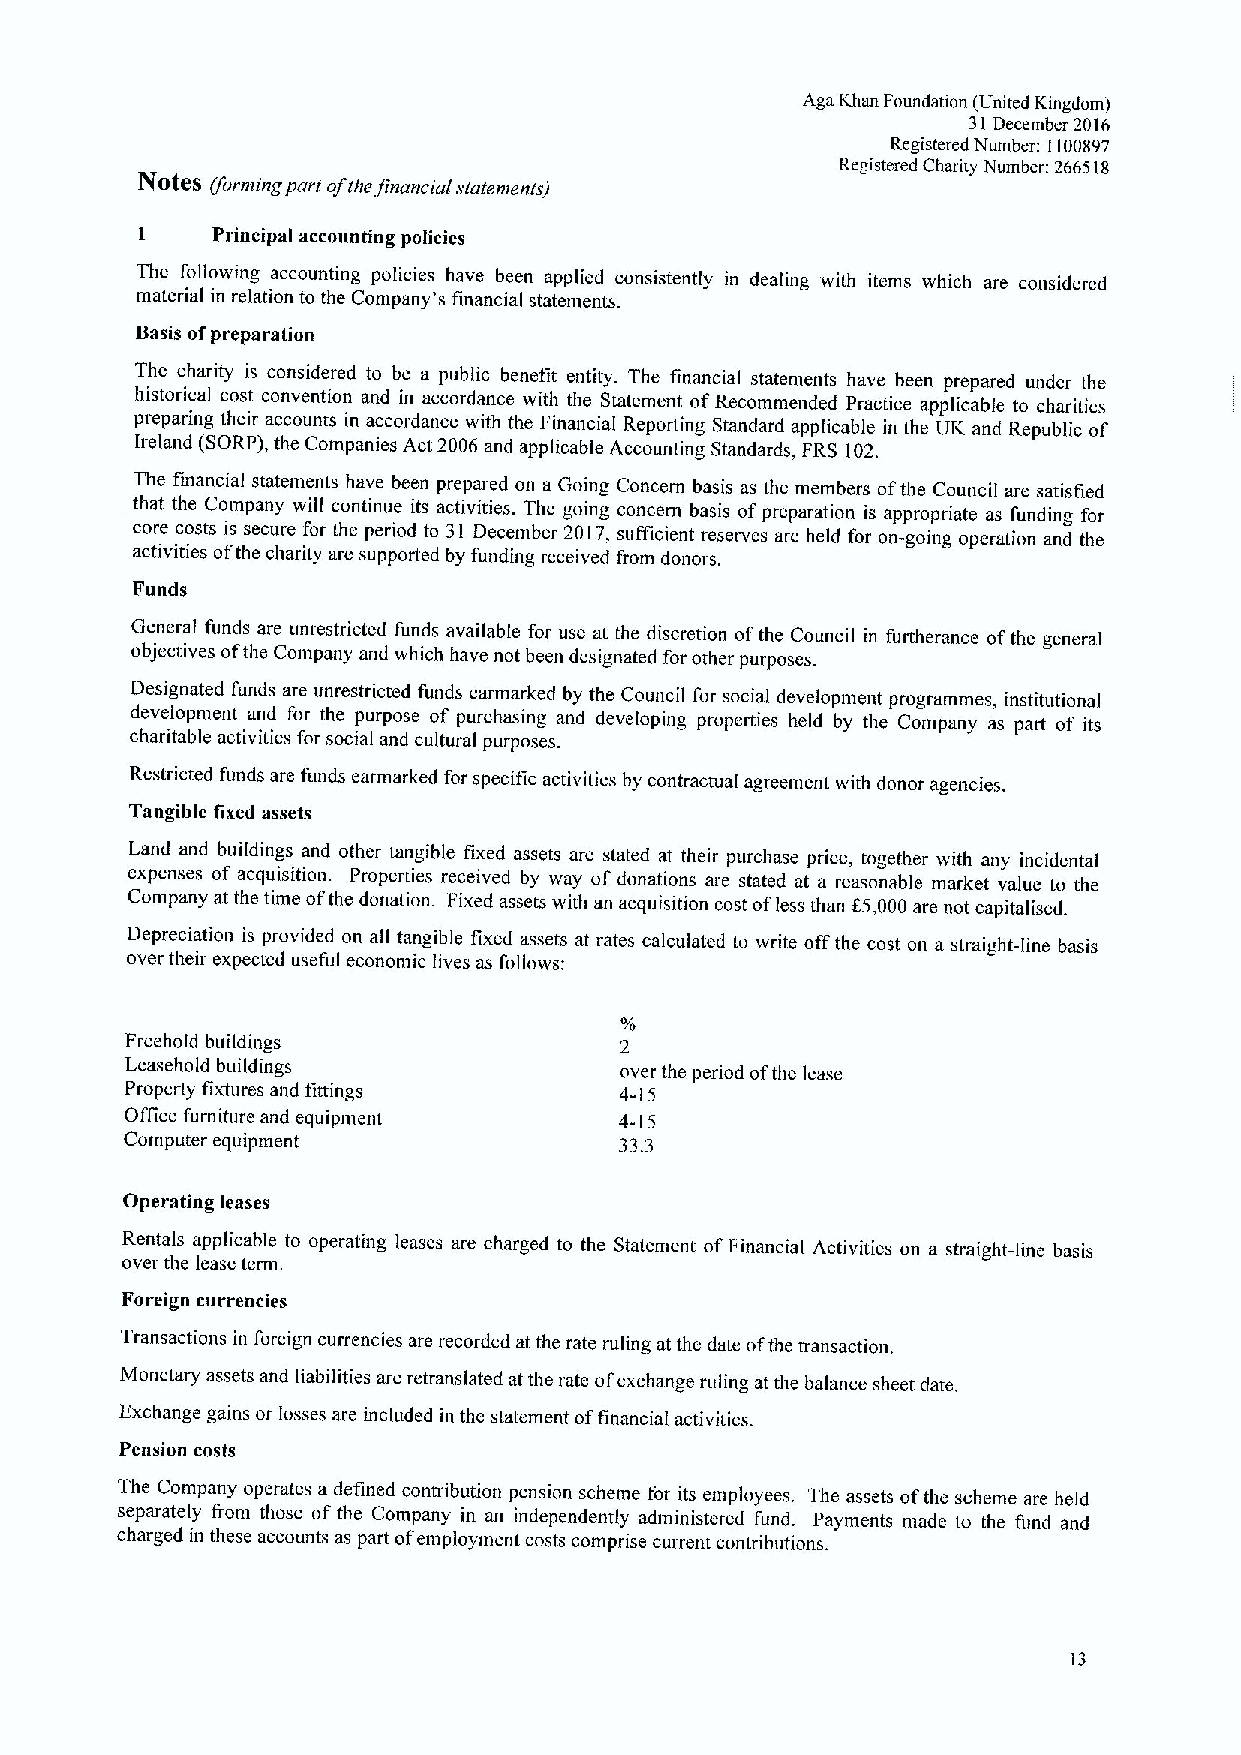
Aga Khan Foundation (United Kingdom)
 31December 2016
 R.egistered Number: 1100897
 Registered Chanty Number: 266518
 NOg08 (forming part ofthefinancial statements)
 I    Principal accounting policies
 The following accounting policies have been applied consistently in dealing with items which are considered
 material in relation to the Company's financial statements.
 Basis ofpreparation
 The charity is considered to be a public benefit entity. The financial statements have been prepared under the
 historical cost convention and in accordance with the Statement ofRecommended Practice applicable to charities
 preparing their accounts in accordance with the Financial Reporting Standard applicable in the UK and Republic of
 Ireland (SORP), the Companies Act 2006 and applicable Accounting Standards, FRS 102.
 The financial statements have been prepared on a Going Concern basis as the members ofthe Council are satisfied
 that the Company will continue iis activities. The going concern basis ofpreparation is appropriate as funding for
 core costs is secure for the period to 31 December 2017, sufficient reserves are held for on-going operation and the
 activities ofthe charity are supporied by funding received from donors.
 Funds
 General funds are unrestricted funds available for use at the discretion ofthe Council in furtherance ofthe general
 objectives ofthe Company and which have not been designated for other purposes.
 Designated funds are unrestricted funds earmarked by the Council for social development programmes, institutional
 development and for the purpose of purchasing and developing properties held by the Company as part of its
 charitable activities for social and cultural purposes.
 Restricted funds are funds earmarked for specific activities by contractual agreement with donor agencies.
 Tangible fixed assets
 Land and buildings and other tangible fixed assets are stated at their purchase price, together with any incidental
 expenses of acquisition. Properties received by way of donations are stated ai a reasonable market value to the
 Company at the time ofthe donation. Fixed assets with an acquisition cost ofless than f 5,000are not capitalised.
 Depreciation is provided on all tangible fixed assets at rates calculated to write offthe cost on a straight-line basis
 over their expected useful economic lives as follows:
 Freehold buildings               2
 Leasehold buildings              over the period ofthe lease
 Property fixtures and fittings   4-15
 Office furniture and equipment   4-15
 Computer equipment               33.3
 Operating leases
 Rentals applicable to operating leases are charged to the Statemeni ofFinancial Activities on a straight-line basis
 over the lease term.
 Foreign currencies
 Transactions in foreign currencies are recorded at the rate ruling at the date ofthe transaction.
 Monetary assets and liabilities are retranslated at the rate ofexchange ruling at the balance sheet date.
 Exchange gains or losses are included in the statement offinancial activities.
 Pension costs
 The Company operates a defined contribution pension scheme for its employees. The assets ofthe scheme are held
 separately from those ofthe Company in an independently administered fund. Payments made to the fund and
 charged in these accounts as part ofemployment costs comprise current contributions.
 13